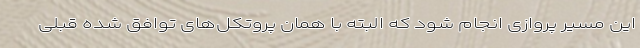
این مسیر پروازی انجام شود که البته با همان پروتکل‌های توافق شده قبلی